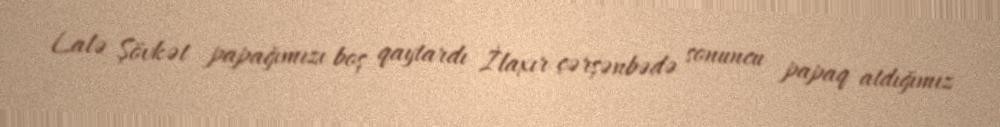
Lalə Şövkət papağımızı boş qaytardı İlaxır çərşənbədə sonuncu papaq atdığımız